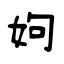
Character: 姁